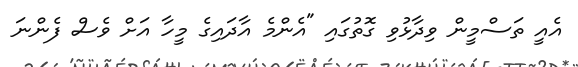
އެއީ ތަސްމީން ވިދާޅުވި ގޮތުގައި "އެންމެ އާދައިގެ މީހާ އަށް ވެސް ފެންނަ